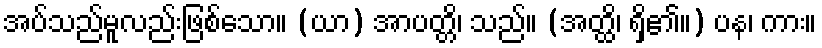
အပ်သည်မူလည်းဖြစ်သော။ (ယာ) အာပတ္တိ၊ သည်။ (အတ္ထိ၊ ရှိ၏။) ပန၊ ကား။